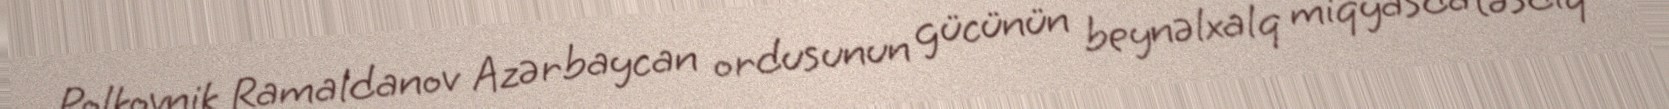
Polkovnik Ramaldanov Azərbaycan ordusunun gücünün beynəlxalq miqyasda təsdiq